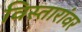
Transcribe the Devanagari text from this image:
विस्तारांवर